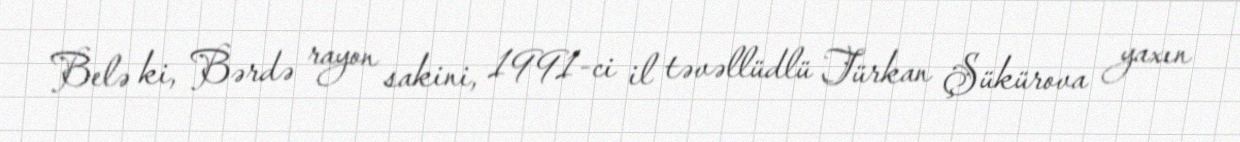
Belə ki, Bərdə rayon sakini, 1991-ci il təvəllüdlü Türkan Şükürova yaxın